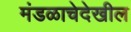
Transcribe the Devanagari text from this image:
मंडळाचेदेखील